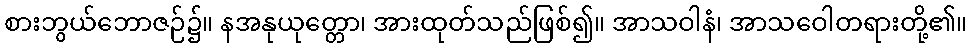
စားဘွယ်ဘောဇဉ်၌။ နအနုယုတ္တော၊ အားထုတ်သည်ဖြစ်၍။ အာသဝါနံ၊ အာသဝေါတရားတို့၏။